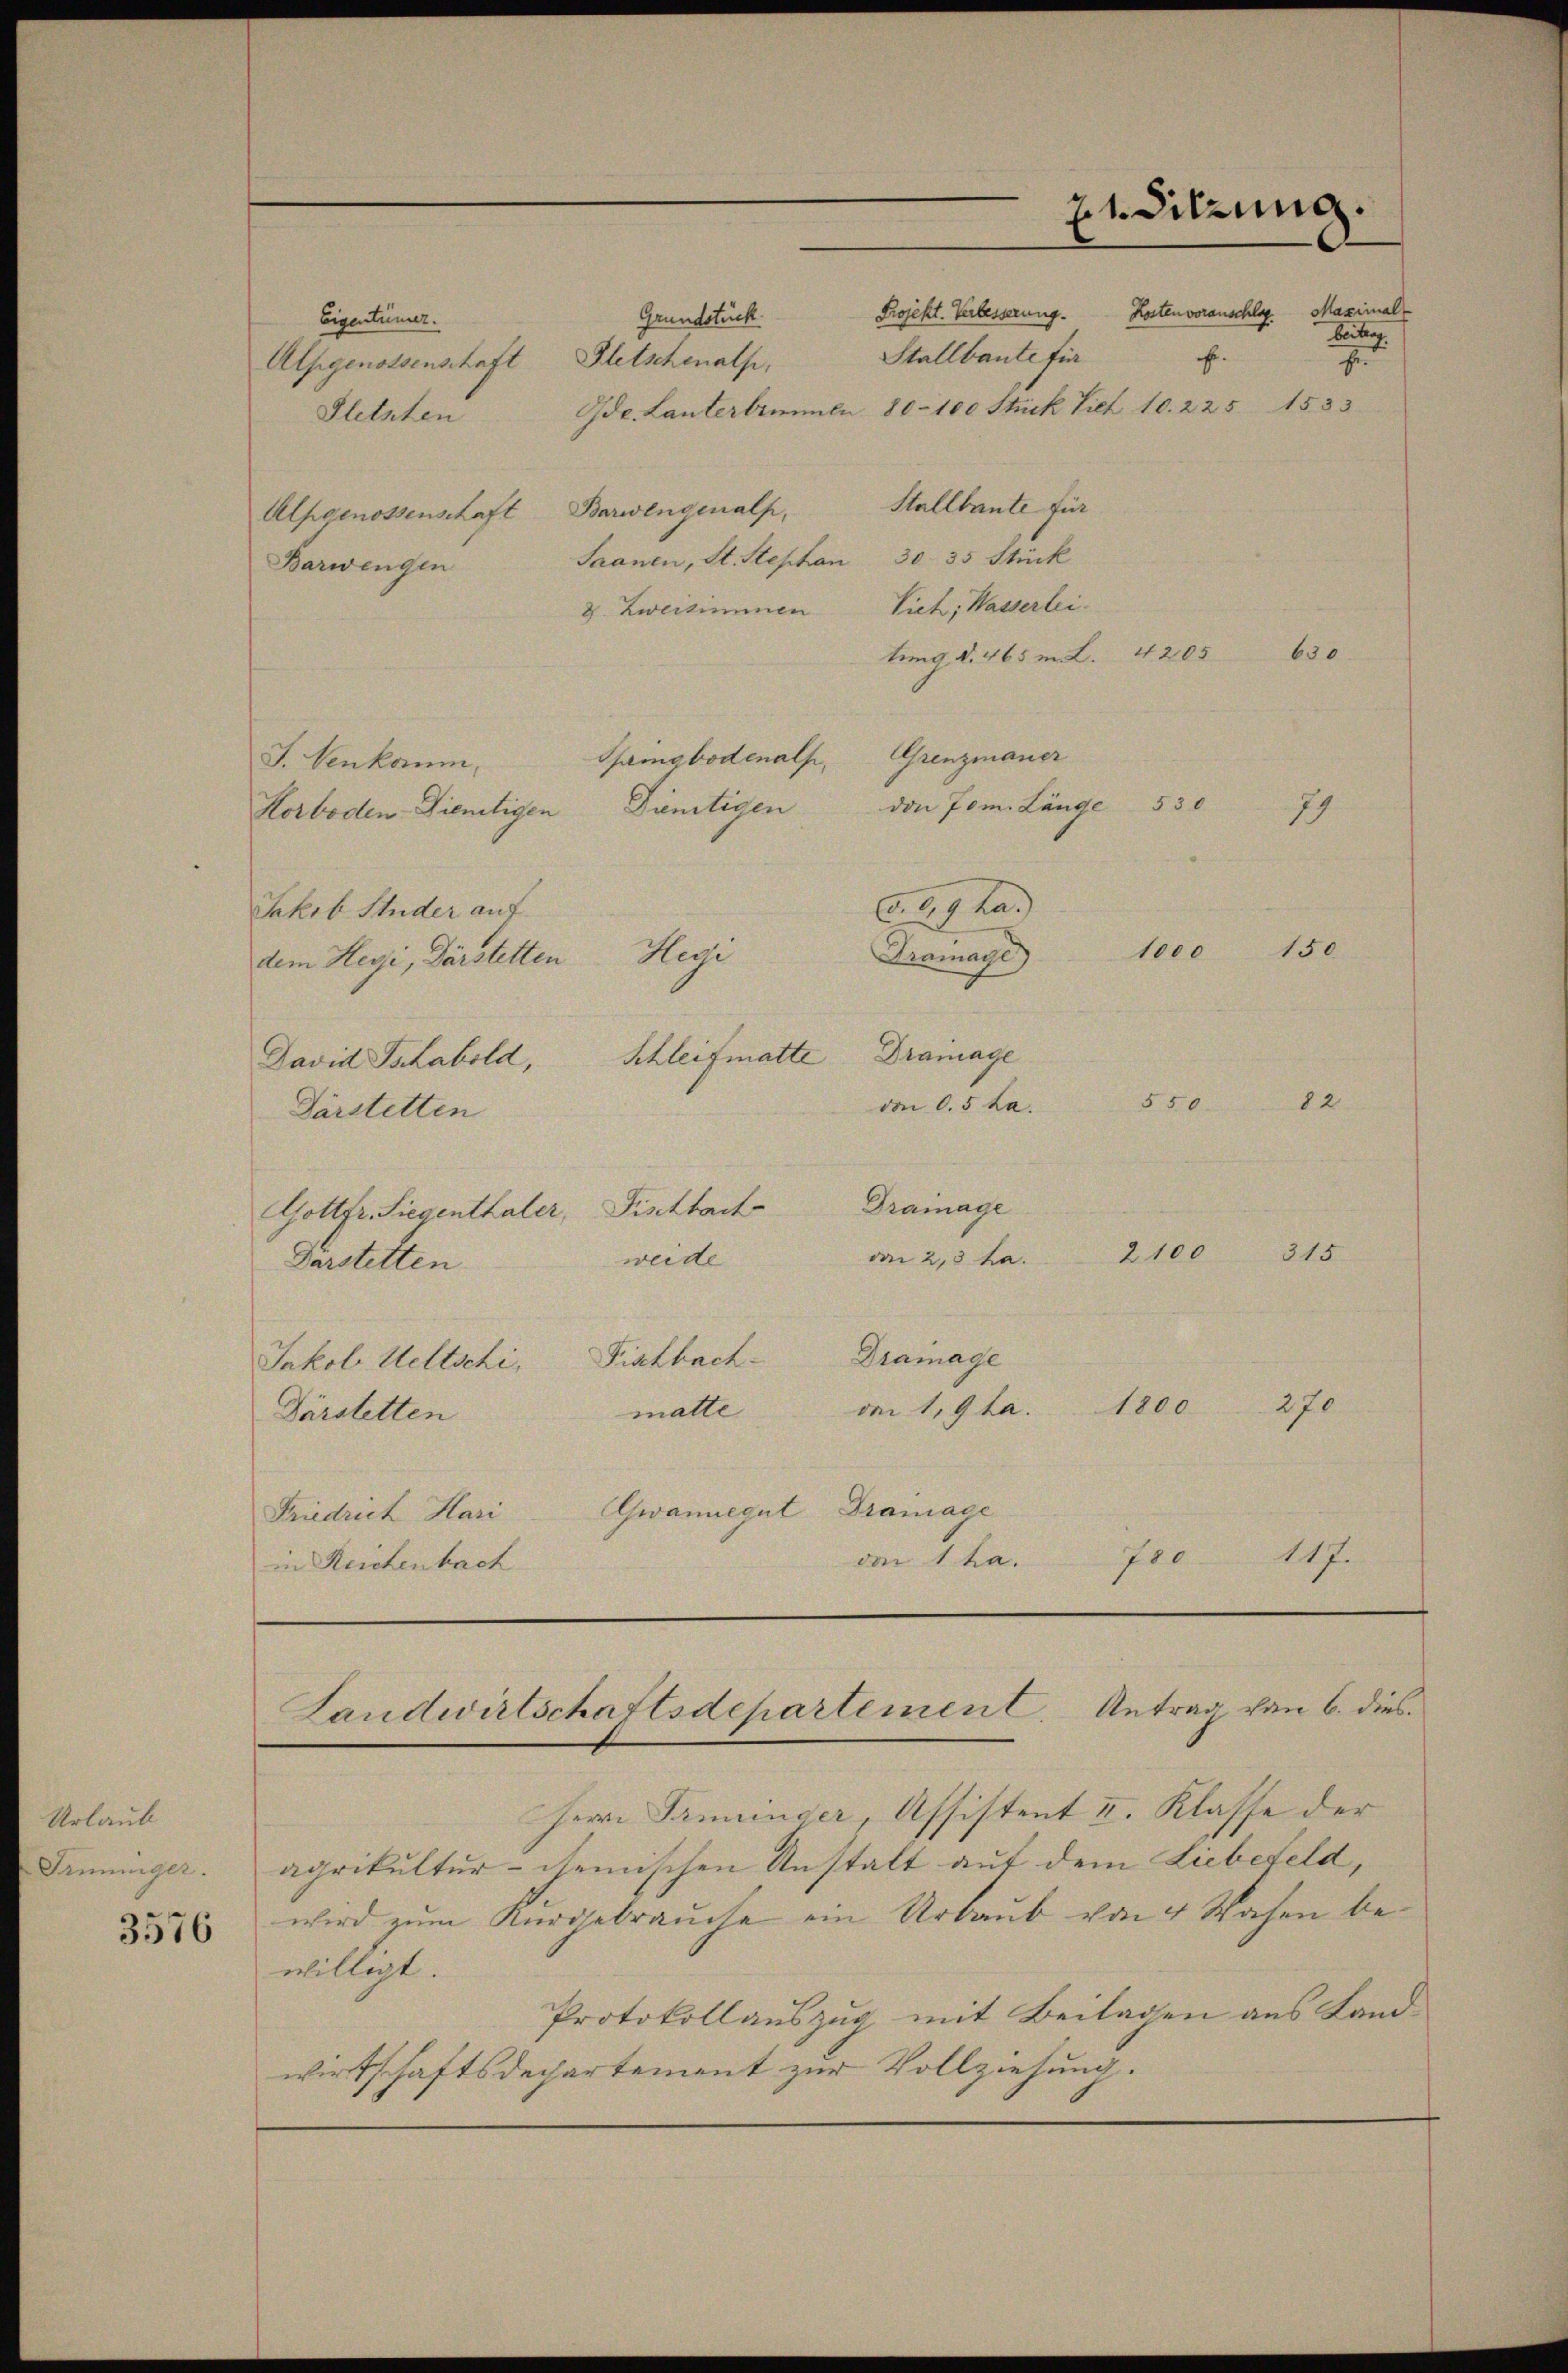
Urlaub
Trüninger.

3576

Landwirtschaftsdepartement. Antrag von 6. dies
Herrn Terminder Assistent I. Klasse der

Grundstück.
Eigentümer.
Stallbaute fi
Alpgenossenschaft Gletschenalp,
Fletzten Ode. Lanterbummen 80–100 Stück Viel 10. 225
Alpgenossenschaft Barwingenalp, Stallbante für
Saanen, St. Stephan 30. 35 Stück
Barwengen
&. Zweisimmen Vieh, Wassertei-
tung d. 465 m. L. 4205
Grenzmauer
Singbodenalp,
J. Venkam,
den 70m Länge 530
Dünstigen
Korboden-Dienstigen
A. 219 ha.)
Jakob Studer auf
Dramage)
dem Hegi, Darstetten Hegi
Schleifmatte Drainage
David Tshabold,
von 0.5 ha.
Darstetten
Dramage
Gottfr. Siegenthaler, Fischbach
von 2,3 ha.
weide
Darstetten
Jakob Weltschi, Fischbach Drainage
1800
den 1,9ta.
matte
Därstetten
wannegut Drainage
Friedrich Hari
von 1 ha.
in Reichenbach

21. Sitzung.

1000 150
550. 12.
2100 315
270
700 - 117.

Projekt. Verbesserung. Kostenvoranschlag Maximal

beitung
E.
.

630

27

agrikultur- chemischen Anstalt auf dem Liebefeld,
wird zum Kurgebrauche ein Urlaub von 4 Wochen bewilligt.
Protokollauszug mit Beitagen aus Landwirtschaftsdepartement zur Vollziehung.

1533